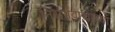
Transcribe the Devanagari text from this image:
निसर्गवाद्याच्या